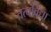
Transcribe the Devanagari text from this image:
तत्वविद्या